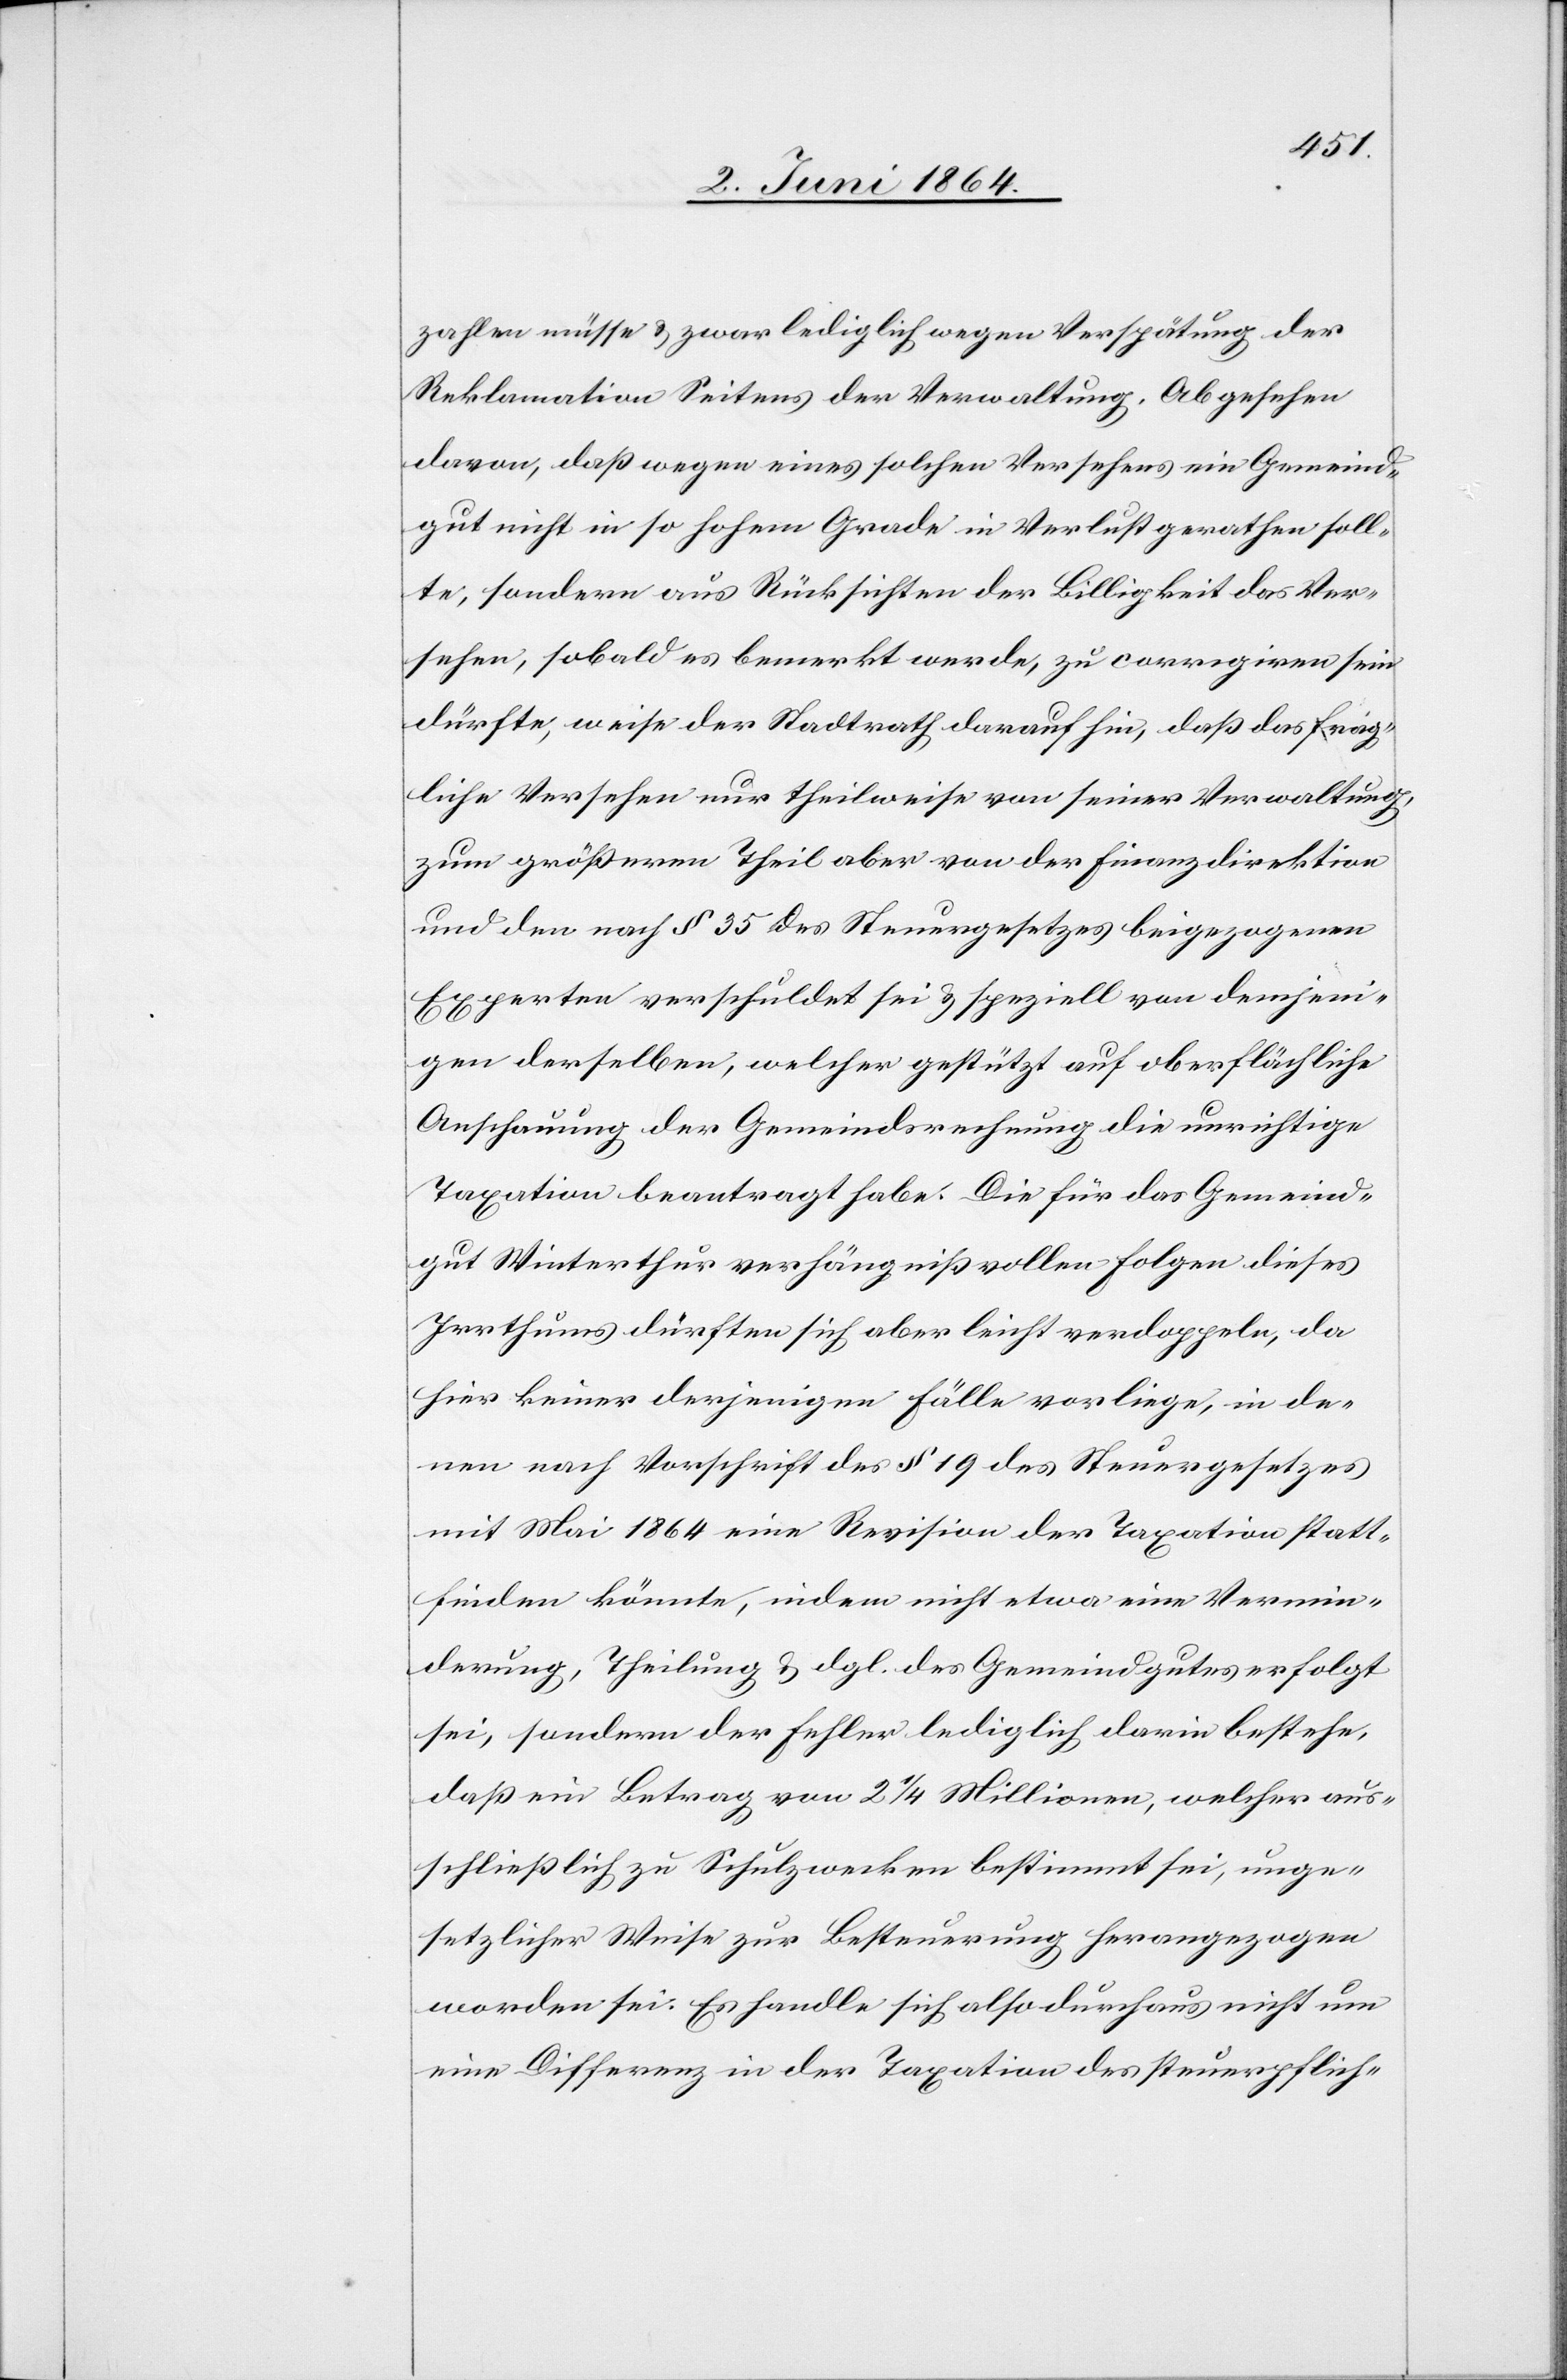
zahlen müsse u. zwar lediglich wegen Verspätung der
Reklamation Seitens [sic!] der Verwaltung. Abgesehen
davon, daß wegen eines solchen Versehens ein Gemeind¬
gut nicht in so hohem Grade in Verlust gerathen soll¬
te, sondern aus Rücksichten der Billigkeit das Ver¬
sehen, sobald es bemerkt werde, zu corrigiren sein
dürfte, weise der Stadtrath darauf hin, daß das frag¬
liche Versehen nur theilweise von seiner Verwaltung,
zum größeren Theil aber von der Finanzdirektion
und den nach § 35 des Steuergesetzes beigezogenen
Experten verschuldet sei u. speziell von demjeni¬
gen derselben, welcher gestützt auf oberflächliche
Anschauung der Gemeindsrechnung die unrichtige
Taxation beantragt habe. Die für das Gemeind¬
gut Winterthur verhängnißvollen Folgen dieses
Irrthums dürften sich aber leicht verdoppeln, da
hier keiner derjenigen Fälle vorliege, in de¬
nen nach Vorschrift des § 19 des Steuergesetzes
mit Mai 1864 eine Revision der Taxation statt¬
finden könnte, indem nicht etwa eine Vermin¬
derung, Theilung u. dgl. des Gemeindgutes erfolgt
sei, sondern der Fehler lediglich darin bestehe,
daß ein Betrag von 2 1/4 Millionen, welcher aus¬
schließlich zu Schulzwecken bestimmt sei, unge¬
setzlicher Weise zur Besteuerung herangezogen
worden sei. Es handle sich also durchaus nicht um
eine Differenz in der Taxation des steuerpflich-